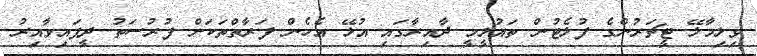
ވިލިމާލޭ ޓީޗަރުންގެ ފުލެޓުން ތައުލީމީ ދާއިރާގައި އުޅޭ އެހެން ފަރާތްތަކަށް ފުރުސަތު ދީފައިވާއިރު